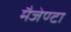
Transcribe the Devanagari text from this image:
मैजेण्टा